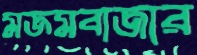
মজমবাজার